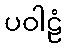
ပဝါဠံ